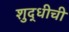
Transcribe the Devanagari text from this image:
शुद्धीची